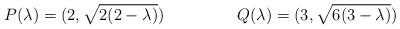
LaTeX: \begin{align*} P(\lambda) &= (2,\sqrt{2(2-\lambda)}) & Q(\lambda) &= (3,\sqrt{6(3-\lambda)}) \end{align*}